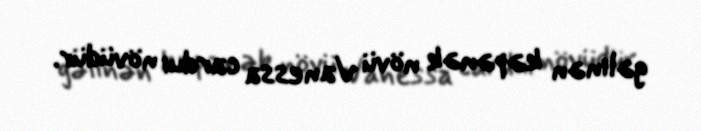
gəlinən kəpənək növü Vanessa cardui növüdür.